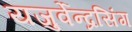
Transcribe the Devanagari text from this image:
यजुर्वेन्द्रसिंग